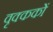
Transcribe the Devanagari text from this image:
वृक्ककों